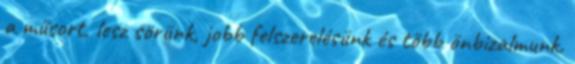
a műsort, lesz sörünk, jobb felszerelésünk és több önbizalmunk.